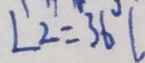
\angle 2 = 3 6 ^ { \circ }